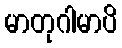
မာတုဂါမာပိ